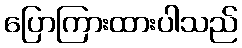
ပြောကြားထားပါသည်